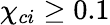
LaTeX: \chi_{ci}\geq 0.1